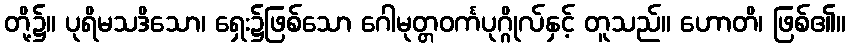
တို့၌။ ပုရိမသဒိသော၊ ရှေး၌ဖြစ်သော ဂေါမုတ္တဝင်္ကပုဂ္ဂိုလ်နှင့် တူသည်။ ဟောတိ၊ ဖြစ်၏။